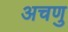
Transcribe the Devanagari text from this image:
अचणु